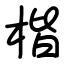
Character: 楷